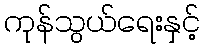
ကုန်သွယ်ရေးနှင့်